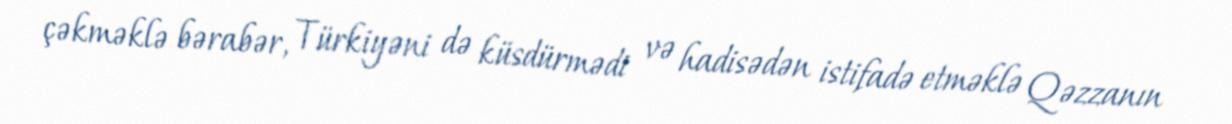
çəkməklə bərabər, Türkiyəni də küsdürmədi və hadisədən istifadə etməklə Qəzzanın